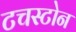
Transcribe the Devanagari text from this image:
टचस्‍टोन